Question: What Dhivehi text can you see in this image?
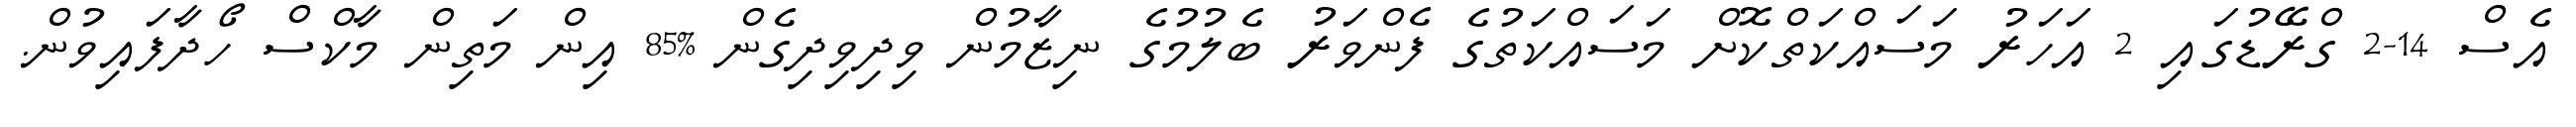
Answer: އެސް 14-2 ގްރޭޑުގައި 2 އަހަރު މަސައްކަތްކޮށް މަސައްކަތުގެ ފެންވަރު ބެލުމުގެ ނިޒާމުން ވިދިވިދިގެން %85 އިން މަތިން މާކްސް ހޯދާފައިވުން.